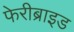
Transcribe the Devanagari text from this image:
फेरीब्राइड